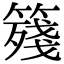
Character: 䉔